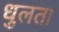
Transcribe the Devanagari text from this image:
धुलता